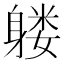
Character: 𲄧